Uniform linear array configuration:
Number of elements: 8
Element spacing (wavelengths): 0.5
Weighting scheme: uniform
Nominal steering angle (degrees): -60
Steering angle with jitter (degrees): -59.181
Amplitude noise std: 0.05
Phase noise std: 0.05

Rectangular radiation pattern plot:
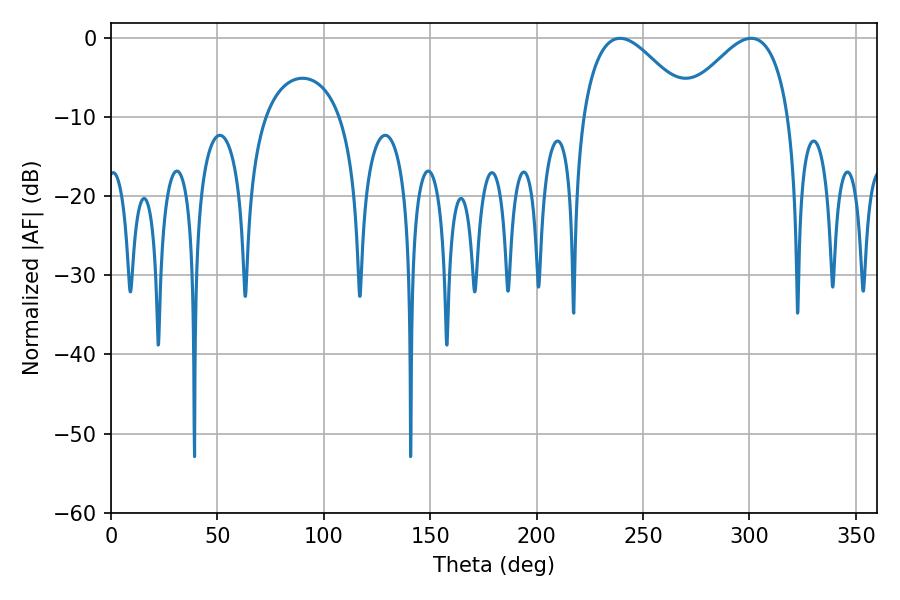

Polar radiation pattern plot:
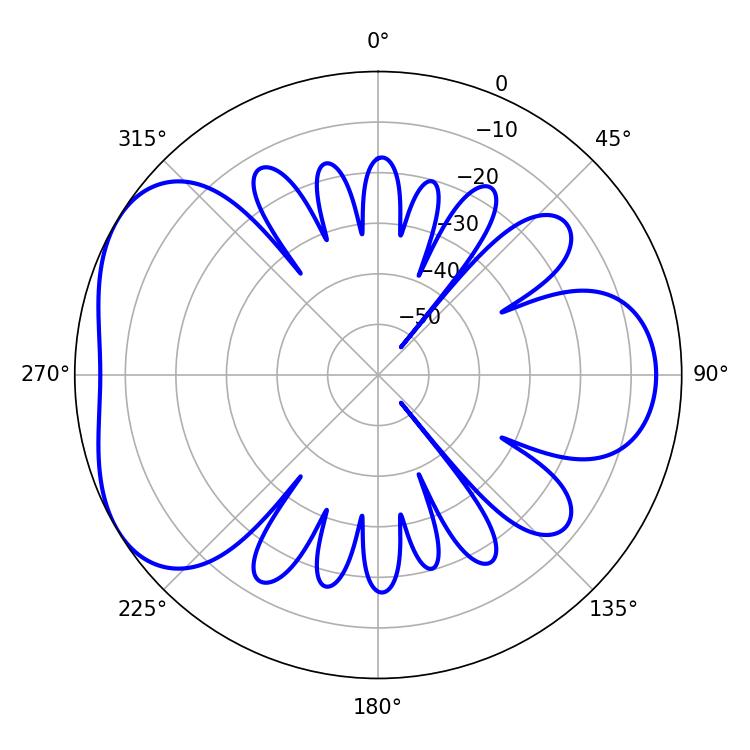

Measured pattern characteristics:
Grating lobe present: FALSE
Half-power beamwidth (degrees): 27.54
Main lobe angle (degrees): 300.78